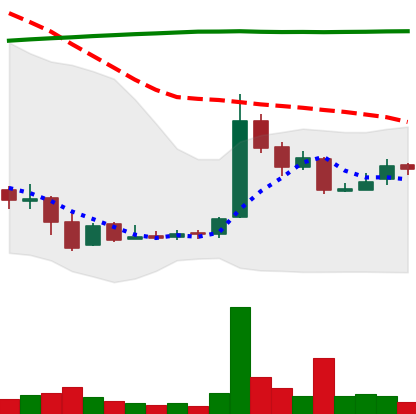
Ticker: LTC-USD
Chart end date: 2016-08-31
Forward return: 4.786%
Label: up_3_5